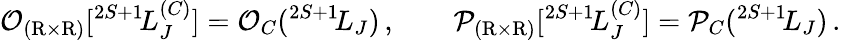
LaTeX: {\cal O}_{(\mathrm{R}\times\mathrm{R})}[{}^{2S+1}\! L_{J}^{(C)}]={\cal O}_{C}({}^{2S+1}\! L_{J})\, ,\qquad{\cal P}_{(\mathrm{R}\times\mathrm{R})}[{}^{2S+1}\! L_{J}^{(C)}]={\cal P}_{C}({}^{2S+1}\! L_{J})\, .